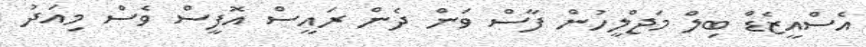
އެސްއީޒެޑް ބިލް މަޖްލީހުން ފާސް ވަން ދެން ރައީސް އޮފީސް ވެސް މިއަދު